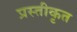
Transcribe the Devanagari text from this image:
प्रस्तीकृत